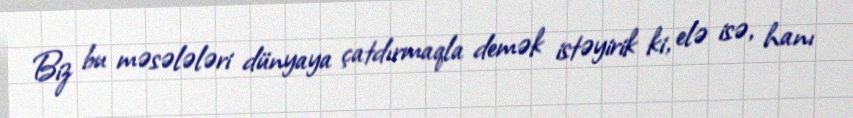
Biz bu məsələləri dünyaya çatdırmaqla demək istəyirik ki, elə isə, hanı